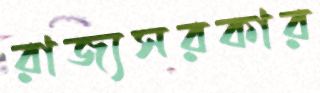
রাজ্যসরকার